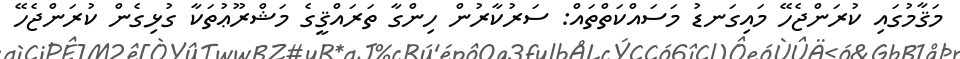
މަޤާމުގައި ކުރަންޖެހޭ މައިގަނޑު މަސައްކަތްތައް: ސަރުކާރުން ހިންގާ ތަރައްޤީގެ މަޝްރޫޢުތަކާ ގުޅިގެން ކުރަންޖެހޭ